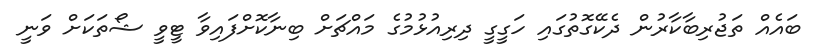
ބައެއް ތަޖުރިބާކާރުން ދެކޭގޮތުގައި ހަގީގީ ދިރިއުޅުމުގެ މައްޗަށް ބިނާކޮށްފައިވާ ޓީވީ ޝޯތަކަށް ވަނީ